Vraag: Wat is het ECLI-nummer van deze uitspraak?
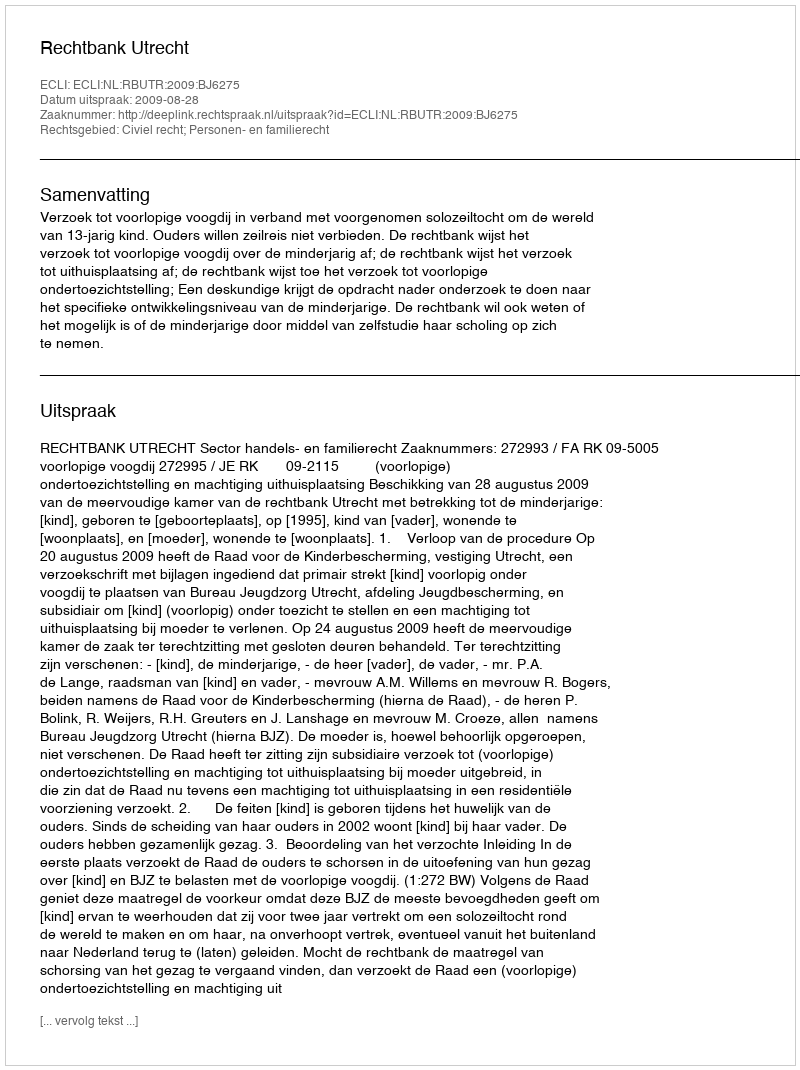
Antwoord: ECLI:NL:RBUTR:2009:BJ6275